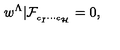
w ^ { \Lambda } \vert \mathcal { F } _ { _ { c _ { I } \cdots c _ { \mathcal { H } } } } = 0 ,